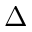
Δ